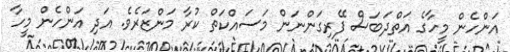
އަންހެން މީހާގެ އަތްދަބަސް ފޭރިގަންނަން މަސައްކަތް ކުރާ މަންޒަރެވެ. އަދި އަންހެން މީހާ